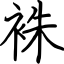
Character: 袾